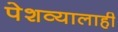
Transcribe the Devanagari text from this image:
पेशव्यालाही